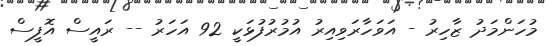
މުހަންމަދު ޒާހިރު - އަވަހާރަވިއިރު އުމުރުފުޅަކީ 92 އަހަރު -- ރައީސް އޮފީސް